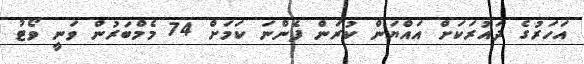
އަހަރުގެ ދައުރަކަށް އައްޔަން ކުރަން ފެންނަ ކަމަށް 74 މެމްބަރުން ވަނީ ވޯޓު